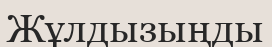
Жұлдызыңды